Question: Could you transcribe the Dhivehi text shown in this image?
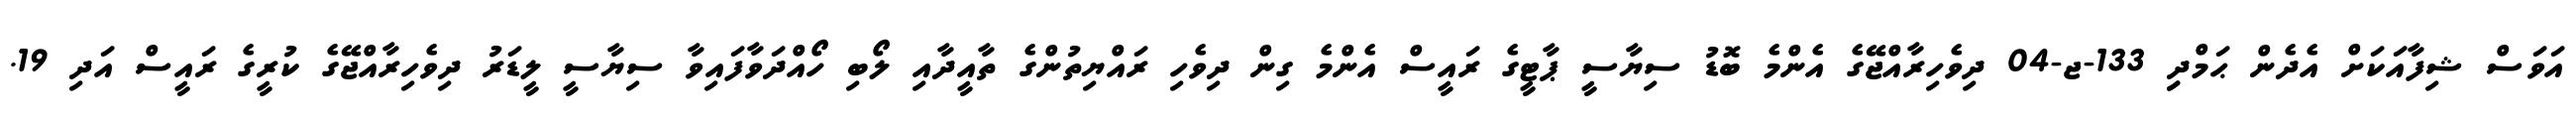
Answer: އަވަސް ޝިފާއަކަށް އެދެން ޙަމްދިި 133-ޖ-04 ދިވެހިރާއްޖޭގެ އެންމެ ބޮޑު ސިޔާސީ ޕާޓީގެ ރައީސް އެންމެ ގިން ދިވެހި ރައްޔިތުންގެ ތާއީދާއި ލޯބި ހޯއްދަވާފައިވާ ސިޔާސީ ލީޑަރު ދިވެހިރާއްޖޭގެ ކުރީގެ ރައީސް އަދި 19.